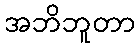
အဘိဘူတာ